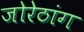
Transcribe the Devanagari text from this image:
जोरेठांग